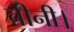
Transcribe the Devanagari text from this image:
चीनी।